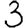
Digit: 3